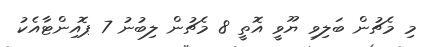
މި މެޗުން ބަލިވި ޔޫވީ އޮތީ 8 މެޗުން ލިބުނު 7 ޕޮއިންޓާއެކު